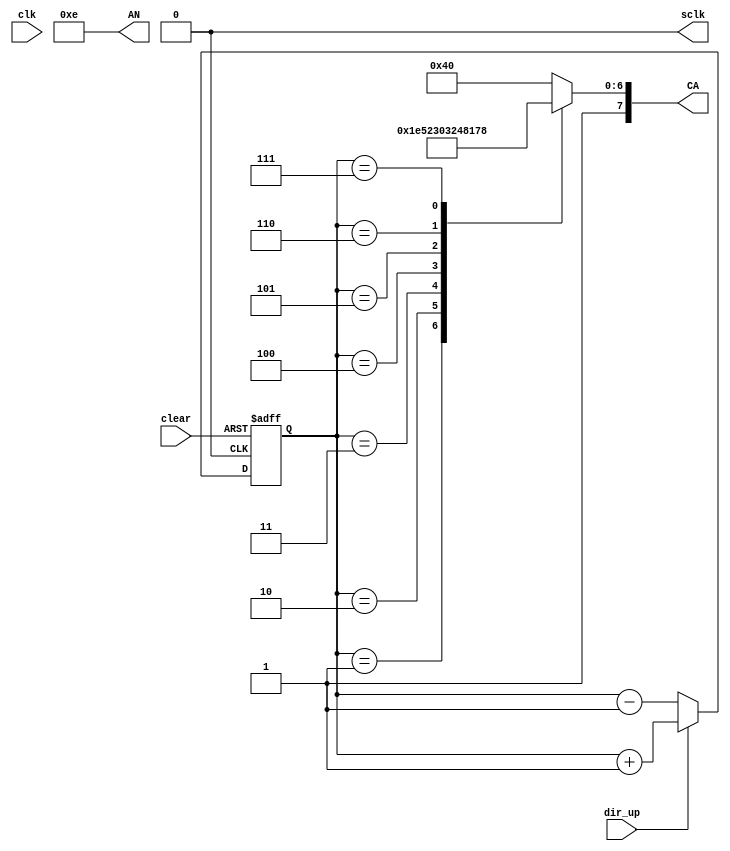
module Disp7segCntr(clk,dir_up,clear,AN,CA,sclk);

input clk, clear, dir_up;
output reg[7:0]CA; //msb for dp
output reg[3:0]AN;
output sclk;

reg [2:0] Q;
reg [24:0] counter = 0;  // for slowin clock

assign sclk = counter[24];

always @(posedge clk)
	count <= count + 1;

always @(posedge sclk or posedge clear)
	begin
		if (clear)
			Q <= 0;
		else
			begin
				if (dir_up)
					begin
						Q<= Q + 1;
					end
				else
					begin
						Q <= Q - 1;
					end
			end
	end

always @ (Q)
begin
	AN = 4'b1110;
	CA[7] = 1; //dp led off

	case(Q)

	 			3'b001 : CA[6:0] = 7'b1111001;   // 1
         3'b010 : CA[6:0] = 7'b0100100;   // 2
         3'b011 : CA[6:0] = 7'b0110000;   // 3

         3'b100 : CA[6:0] = 7'b0011001;   // 4
         3'b101 : CA[6:0] = 7'b0010010;   // 5
         3'b110 : CA[6:0] = 7'b0000010;   // 6
         3'b111 : CA[6:0] = 7'b1111000;	  // 7

	 default: CA[6:0] = 7'b1000000;

	endcase
end



endmodule